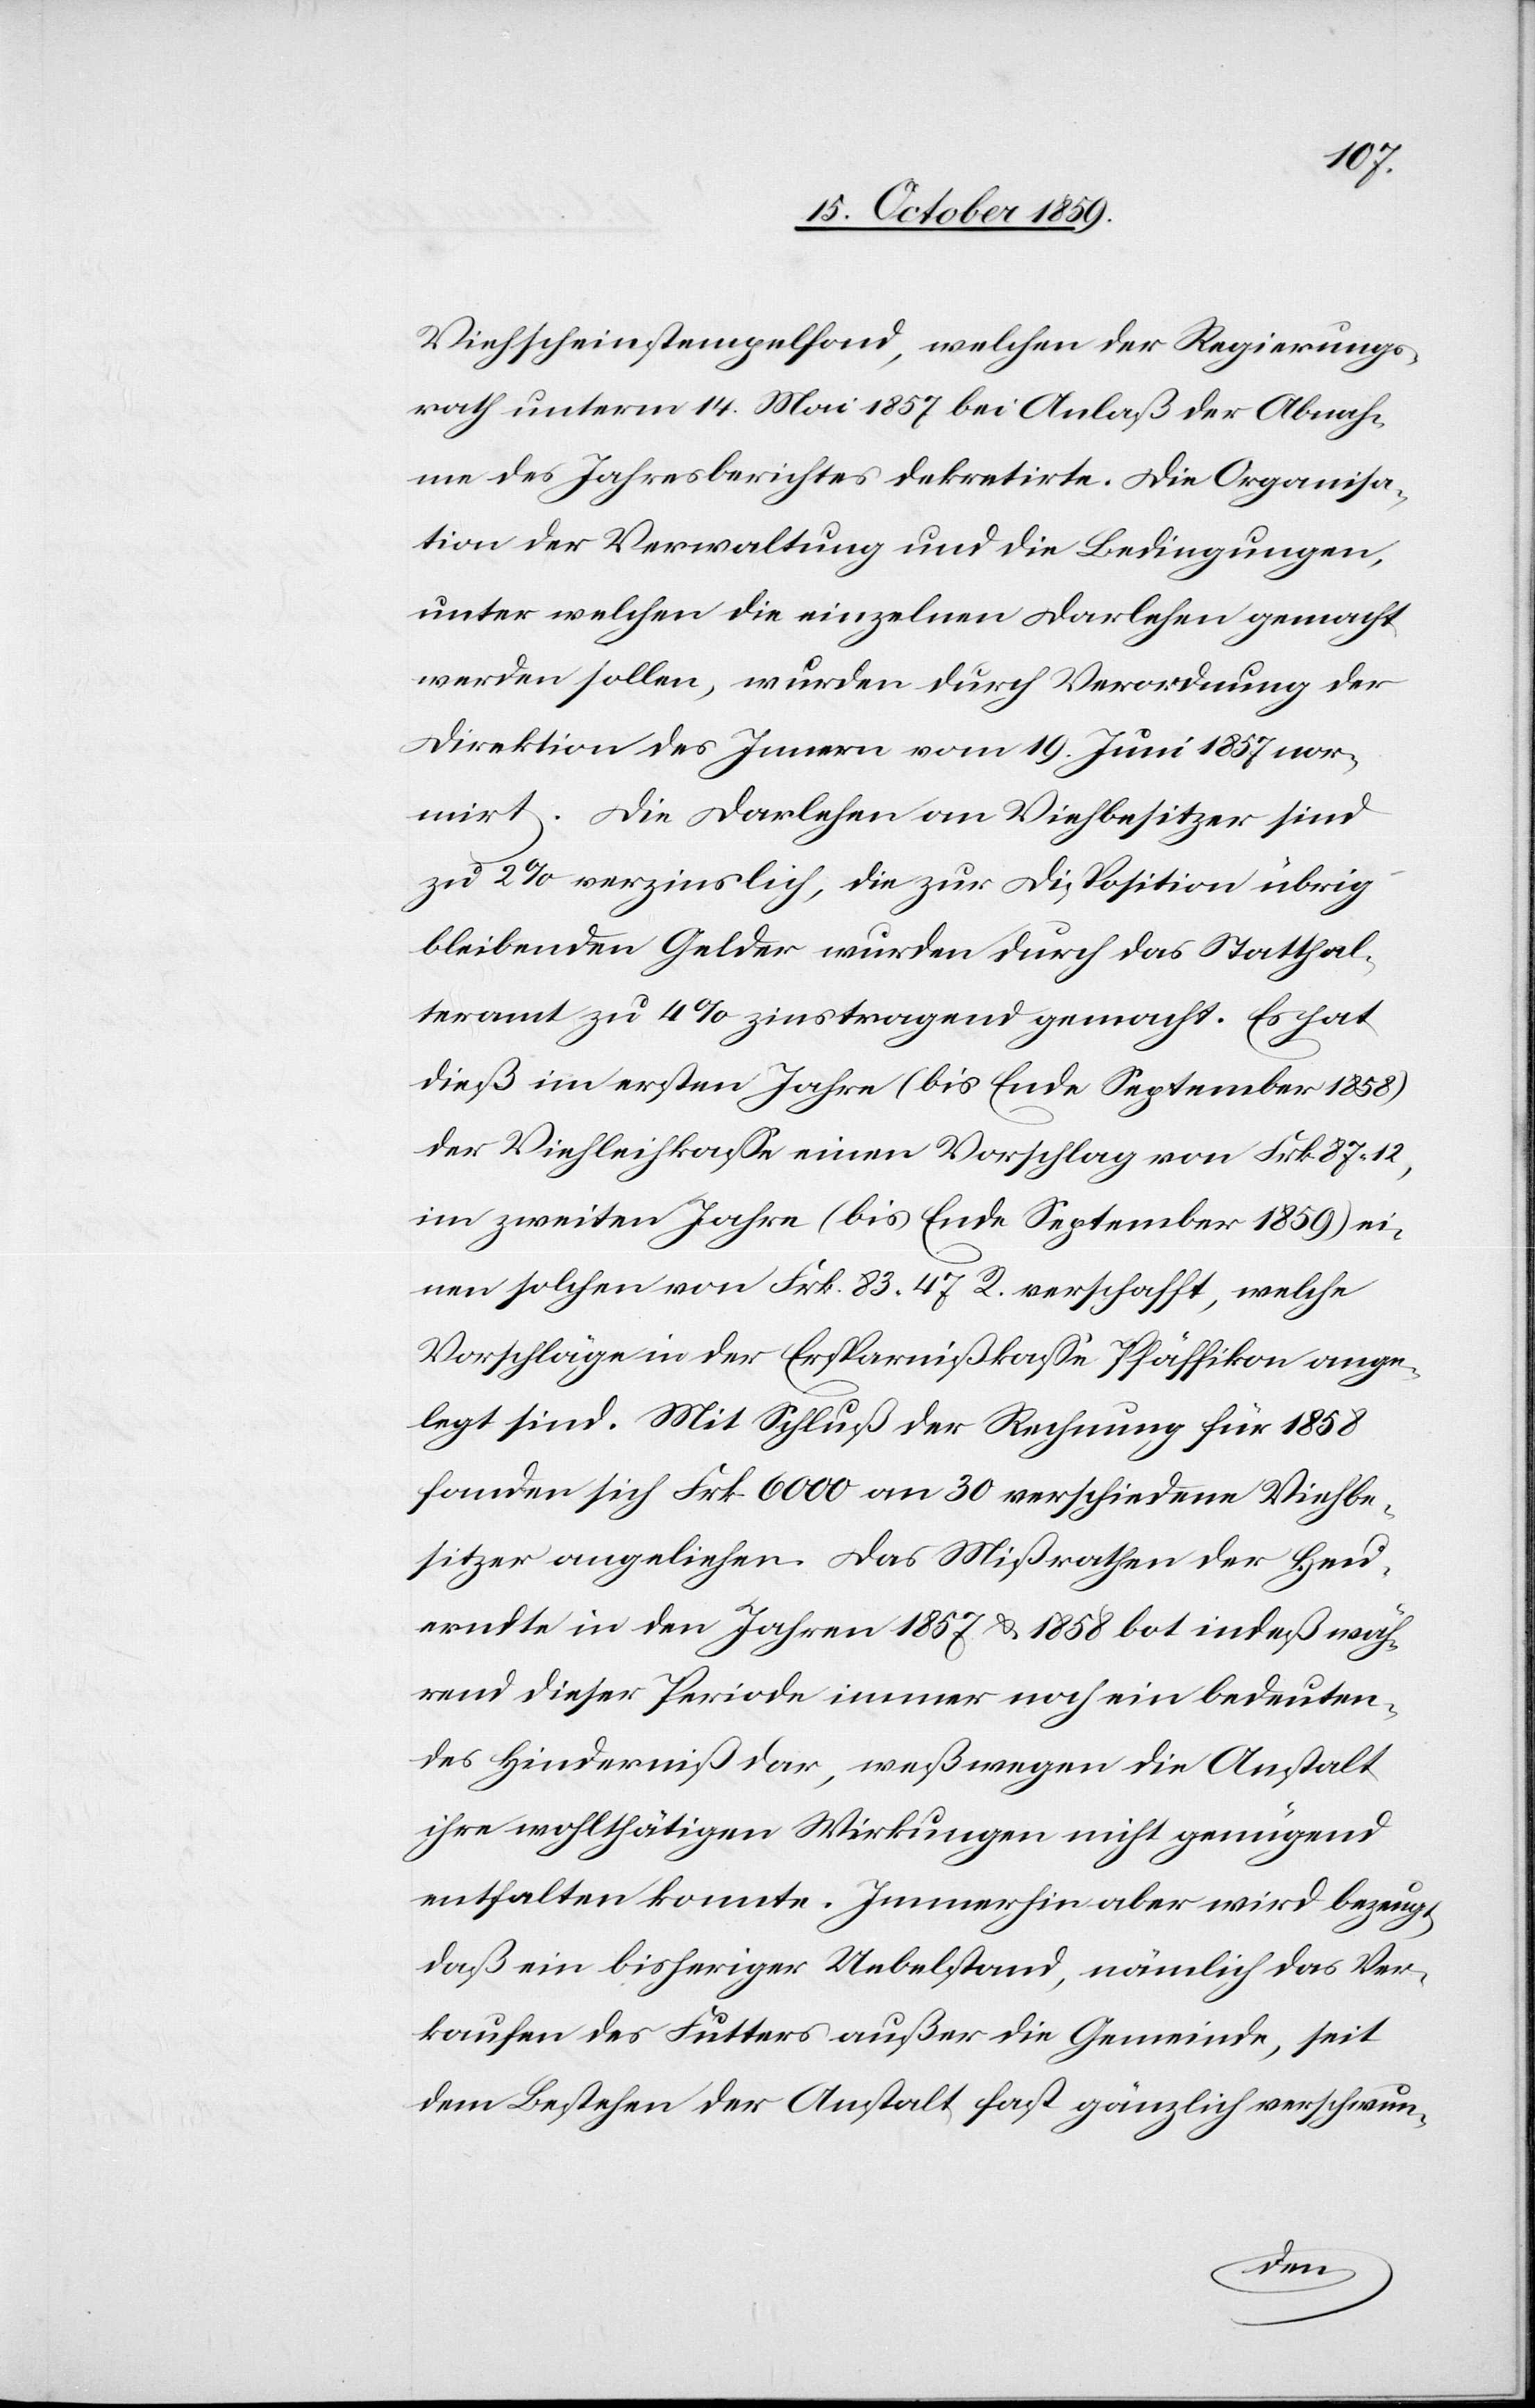
Viehscheinstempelfond, welchen der Regierungs¬
rath unterm 14. Mai 1857 bei Anlaß der Abnah¬
me des Jahresberichtes dekretirte. Die Organisa¬
tion der Verwaltung und die Bedingung.
unter welchen die einzelnen Darlehen gemacht
werden sollen, wurden durch Verordnung der
Direktion des Inneren vom 19. Juni 1857 nor¬
mirt. Die Darlehen an Viehbesitzer sind
zu 2 % verzinslich, die zur Disposition übrig
bleibenden Gelder wurden durch das Statthal¬
teramt zu 4 % zinstragend gemacht. Es hat
dieß im ersten Jahre (bis Ende September 1858)
der Viehleihkasse einen Vorschlag von Frk. 87.12,
im zweiten Jahre (bis Ende September 1859) ei¬
nen solchen von Frk. 83 47 R. verschafft, welche
Vorschläge in der Ersparnißkasse Pfäffikon ange¬
legt sind. Mit Schluß der Rechnung für 1858
fanden sich Frk. 6000 an 30 verschiedene Viehbe¬
sitzer angeliehen. Das Mißrathen der Heu¬
erndte in den Jahren 1857 & 1858 bot indeß wäh¬
rend dieser Periode immer noch ein bedeuten¬
des Hinderniß dar, weßwegen die Anstalt
ihre wohlthätigen Wirkungen nicht genügend
entfalten konnte. Immerhin aber wird bezeugt,
daß ein bisheriger Uebelstand, nämlich das Ver¬
kaufen des Futters außer die Gemeinde, seit
dem Bestehen der Anstalt fast gänzlich verschwun-